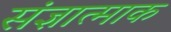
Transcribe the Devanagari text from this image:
संज्ञात्माक